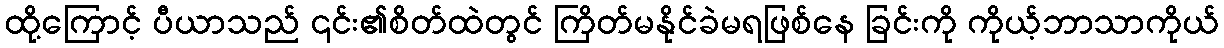
ထို့ကြောင့် ပီယာသည် ၎င်း၏စိတ်ထဲတွင် ကြိတ်မနိုင်ခဲမရဖြစ်နေ ခြင်းကို ကိုယ့်ဘာသာကိုယ်